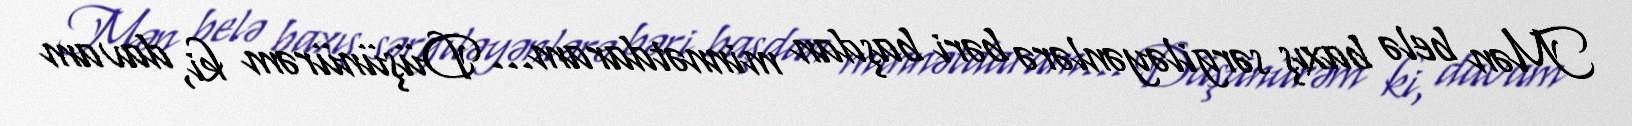
Mən belə baxış sərgiləyənlərə bəri başdan minnətdaram... Düşünürəm ki, davam